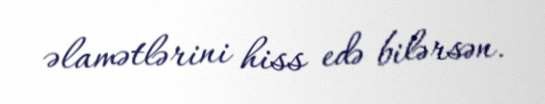
əlamətlərini hiss edə bilərsən.